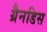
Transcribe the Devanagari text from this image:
ग्रैनडिस